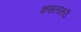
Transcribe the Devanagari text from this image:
कसलातरी